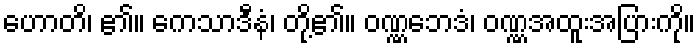
ဟောတိ၊ ၏။ ကေသာဒီနံ၊ တို့၏။ ဝဏ္ဏဘေဒံ၊ ဝဏ္ဏအထူးအပြားကို။